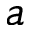
a